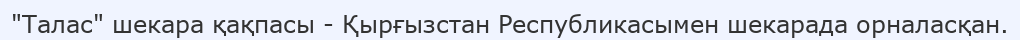
"Талас" шекара қақпасы - Қырғызстан Республикасымен шекарада орналасқан.